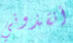
أنقذوني